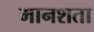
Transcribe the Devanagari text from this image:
मानशता